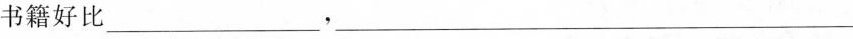
书籍好比___，___